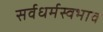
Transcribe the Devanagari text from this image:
सर्वधर्मस्वभाव